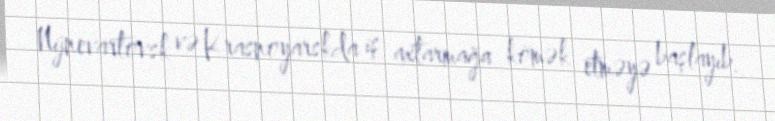
Nijnevartovsk və Krasnoyarskda iş axtarmağa kömək etməyə başlayıb.